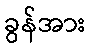
ခွန်အား